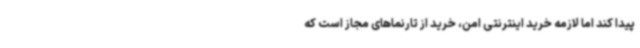
پیدا کند اما لازمه خرید اینترنتی امن، خرید از تارنماهای مجاز است که